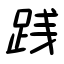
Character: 践